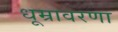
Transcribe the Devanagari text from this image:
धूम्रावरणा